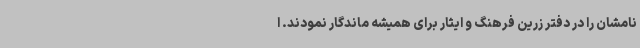
نامشان را در دفتر زرین فرهنگ و ایثار برای همیشه ماندگار نمودند. ا